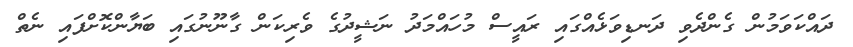
ދައްކަވަމުން ގެންދެވި ދަނޑިވަޅެއްގައި ރައީސް މުހައްމަދު ނަޝީދުގެ ވެރިކަން ގާނޫނުގައި ބަޔާންކޮށްފައި ނެތް